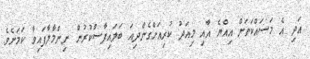
އަދި އެ މަސައްކަތަށް އިއްޔެ އާއި މިއަދު ކުރިއަށްގެންދިއަ ބަލައިފާސްކުރުން ނިންމާލާފައިވާ ކަމަށެވެ.